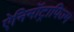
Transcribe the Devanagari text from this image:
ऐनिमॉट्रापिज्म